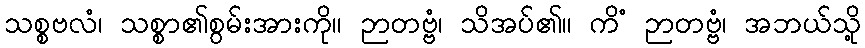
သစ္စဗလံ၊ သစ္စာ၏စွမ်းအားကို။ ဉာတဗ္ဗံ၊ သိအပ်၏။ ကိံ ဉာတဗ္ဗံ၊ အဘယ်သို့